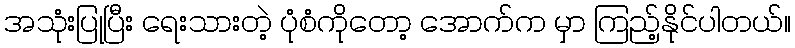
အသုံးပြုပြီး ရေးသားတဲ့ ပုံစံကိုတော့ အောက်က မှာ ကြည့်နိုင်ပါတယ်။